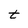
Character: t